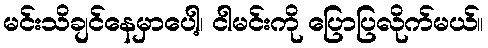
မင်းသိချင်နေမှာပေါ့၊ ငါမင်းကို ပြောပြလိုက်မယ်။